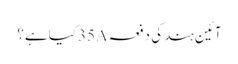
آئین ہند کی دفعہ 35Aکیا ہے؟